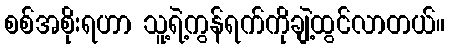
စစ်အစိုးရဟာ သူ့ရဲ့ကွန်ရက်ကိုချဲ့ထွင်လာတယ်။